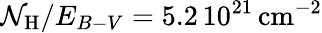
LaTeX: \mathcal{N}_{\mathrm{{H}}}/E_{B-V}=5.2\, 10^{21}\, \mathrm{{cm}}^{-2}